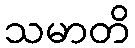
သမာတိ